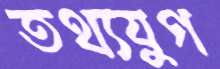
তথ্যযুগ